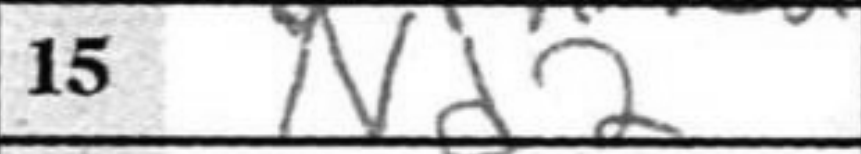
Transcription: Nd2